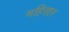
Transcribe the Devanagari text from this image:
महिसार